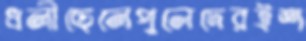
ধলীছেলেপুলেদেরইশ